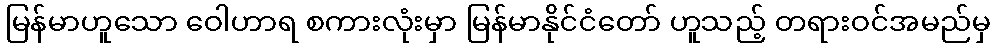
မြန်မာဟူသော ဝေါဟာရ စကားလုံးမှာ မြန်မာနိုင်ငံတော် ဟူသည့် တရားဝင်အမည်မှ